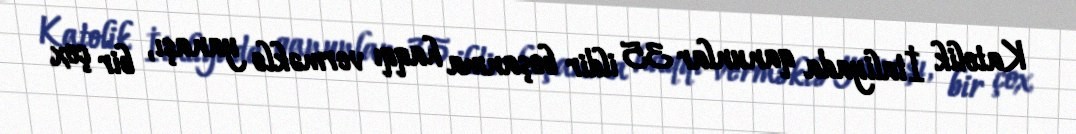
Katolik İtaliyada qanunlar 35 ildir boşanma haqqı verməklə yanaşı, bir çox